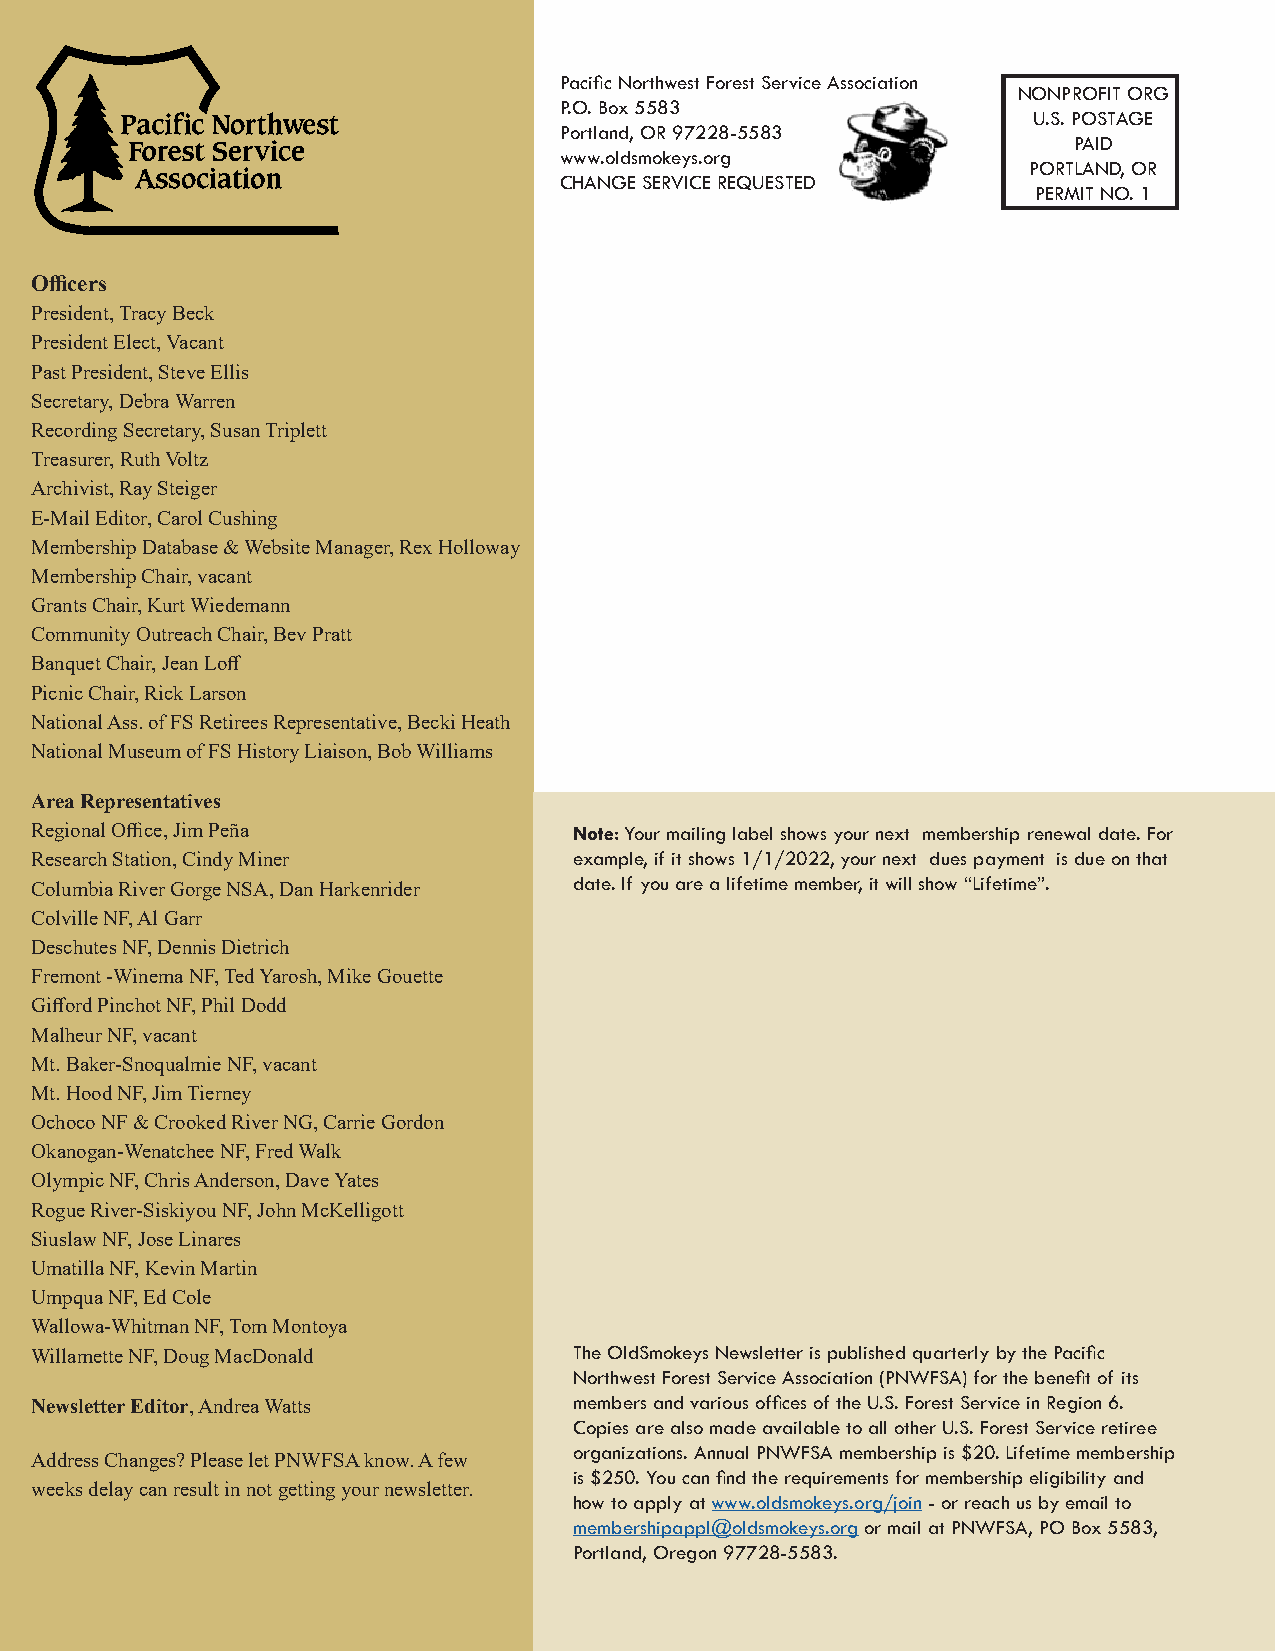
Pacific Northwest Forest Service Association
 NONPROFIT ORG
 P.O. Box 5583
 U.S. POSTAGE
 Portland, OR 97228-5583
 PAID
 www.oldsmokeys.org
 PORTLAND, OR
 CHANGE SERVICE REQUESTED
 PERMIT NO. 1
 Officers
 President, Tracy Beck
 President Elect, Vacant
 Past President, Steve Ellis
 Secretary, Debra Warren
 Recording Secretary, Susan Triplett
 Treasurer, Ruth Voltz
 Archivist, Ray Steiger
 E-Mail Editor, Carol Cushing
 Membership Database & Website Manager, Rex Holloway
 Membership Chair, vacant
 Grants Chair, Kurt Wiedemann
 Community Outreach Chair, Bev Pratt
 Banquet Chair, Jean Loff
 Picnic Chair, Rick Larson
 National Ass. of FS Retirees Representative, Becki Heath
 National Museum of FS History Liaison, Bob Williams
 Area Representatives
 Regional Office, Jim Peña           Note: Your mailing label shows your next membership renewal date. For
 Research Station, Cindy Miner       example, if it shows 1/1/2022, your next dues payment is due on that
 date. If you are a lifetime member, it will show “Lifetime”.
 Columbia River Gorge NSA, Dan Harkenrider
 Colville NF, Al Garr
 Deschutes NF, Dennis Dietrich
 Fremont -Winema NF, Ted Yarosh, Mike Gouette
 Gifford Pinchot NF, Phil Dodd
 Malheur NF, vacant
 Mt. Baker-Snoqualmie NF, vacant
 Mt. Hood NF, Jim Tierney
 Ochoco NF & Crooked River NG, Carrie Gordon
 Okanogan-Wenatchee NF, Fred Walk
 Olympic NF, Chris Anderson, Dave Yates
 Rogue River-Siskiyou NF, John McKelligott
 Siuslaw NF, Jose Linares
 Umatilla NF, Kevin Martin
 Umpqua NF, Ed Cole
 Wallowa-Whitman NF, Tom Montoya
 Willamette NF, Doug MacDonald       The OldSmokeys Newsletter is published quarterly by the Pacific
 Northwest Forest Service Association (PNWFSA) for the benefit of its
 Newsletter Editor, Andrea Watts     members and various offices of the U.S. Forest Service in Region 6.
 Copies are also made available to all other U.S. Forest Service retiree
 organizations. Annual PNWFSA membership is $20. Lifetime membership
 Address Changes? Please let PNWFSA know. A few
 is $250. You can find the requirements for membership eligibility and
 weeks delay can result in not getting your newsletter.
 how to apply at www.oldsmokeys.org/join - or reach us by email to
 membershipappl@oldsmokeys.org or mail at PNWFSA, PO Box 5583,
 Portland, Oregon 97728-5583.